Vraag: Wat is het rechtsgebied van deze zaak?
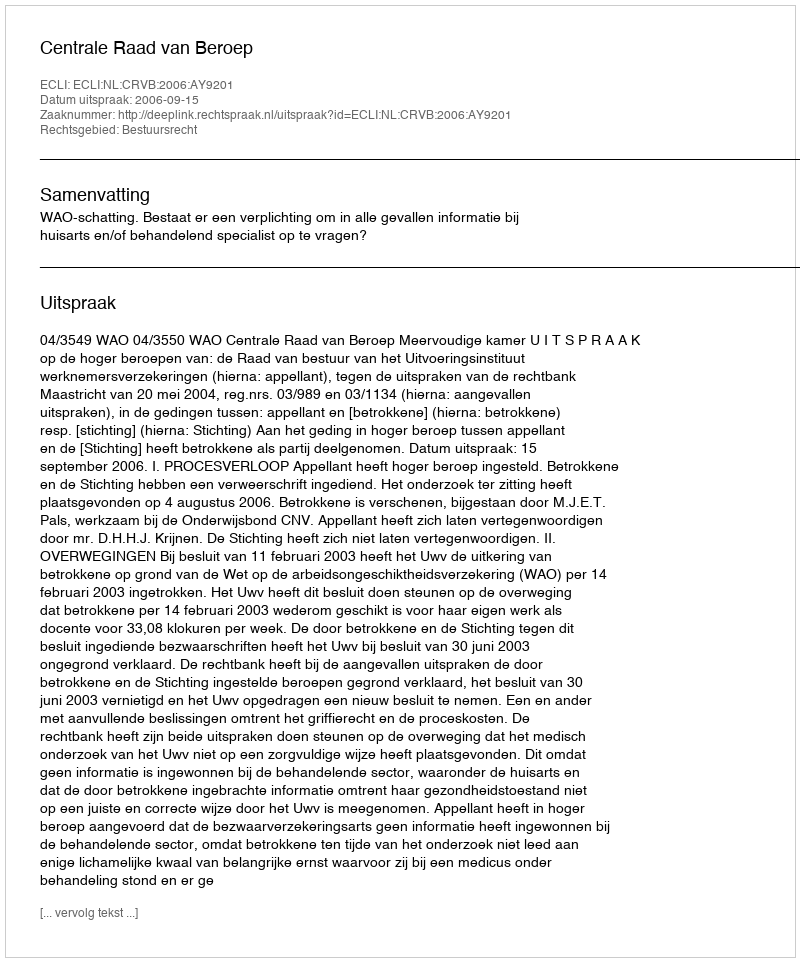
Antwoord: Bestuursrecht